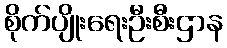
စိုက်ပျိုးရေးဦးစီးဌာန